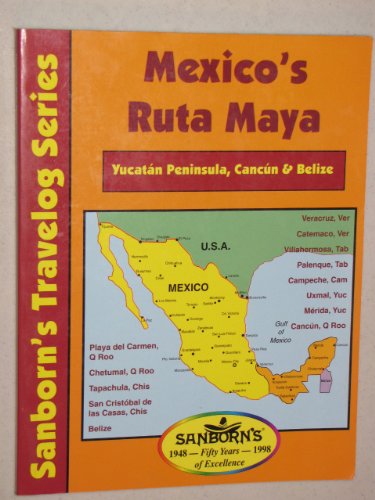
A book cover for Mexico's Ruta Maya: Yucatan Peninsula, Cancun, & Belize; Sanborn's Travelog Series; Travel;